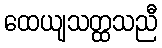
ထေယျသတ္ထသညီ